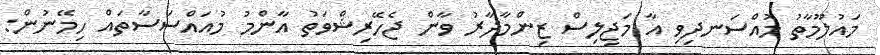
މައުލޫމާތު މުއްސަނދިވި އާ މަޖިލިސް ޒިންމާދާރު ވާން ޖެހޭރިޝްވަތު އާންމު މުއައްސަސާތައް ހިމޭނުން: